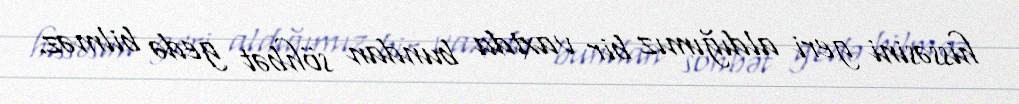
hissəsini geri aldığımız bir vaxtda bundan söhbət gedə bilməz.